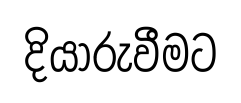
දියාරුවීමට